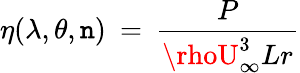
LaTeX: \eta(\lambda,\theta,\mathtt{n})\: =\: \frac{{P}}{{\rhoU_{\infty}^{3}Lr}}